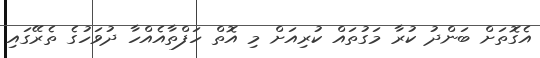
އެގޮތަށް ބަންދު ކުރާ މަގުތައް ކުރިއަށް މި އޮތް ހަފްތާއެއްހާ ދުވަހުގެ ތެރޭގައި